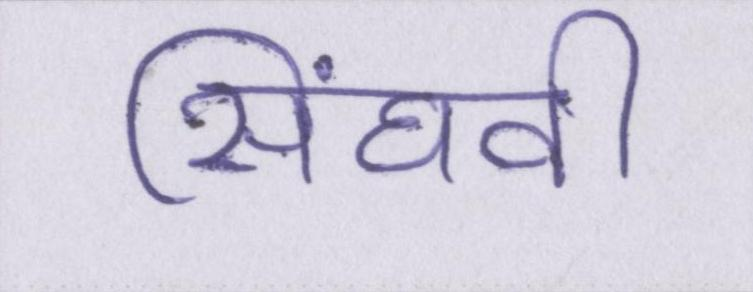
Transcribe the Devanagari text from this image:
सिंघवी